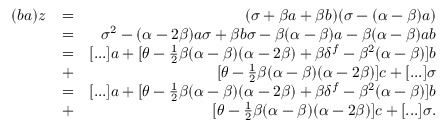
\begin{array} { r l r } { ( b a ) z } & { = } & { ( \sigma + \beta a + \beta b ) ( \sigma - ( \alpha - \beta ) a ) } \\ & { = } & { \sigma ^ { 2 } - ( \alpha - 2 \beta ) a \sigma + \beta b \sigma - \beta ( \alpha - \beta ) a - \beta ( \alpha - \beta ) a b } \\ & { = } & { [ . . . ] a + [ \theta - \frac { 1 } { 2 } \beta ( \alpha - \beta ) ( \alpha - 2 \beta ) + \beta \delta ^ { f } - \beta ^ { 2 } ( \alpha - \beta ) ] b } \\ & { + } & { [ \theta - \frac { 1 } { 2 } \beta ( \alpha - \beta ) ( \alpha - 2 \beta ) ] c + [ . . . ] \sigma } \\ & { = } & { [ . . . ] a + [ \theta - \frac { 1 } { 2 } \beta ( \alpha - \beta ) ( \alpha - 2 \beta ) + \beta \delta ^ { f } - \beta ^ { 2 } ( \alpha - \beta ) ] b } \\ & { + } & { [ \theta - \frac { 1 } { 2 } \beta ( \alpha - \beta ) ( \alpha - 2 \beta ) ] c + [ . . . ] \sigma . } \end{array}